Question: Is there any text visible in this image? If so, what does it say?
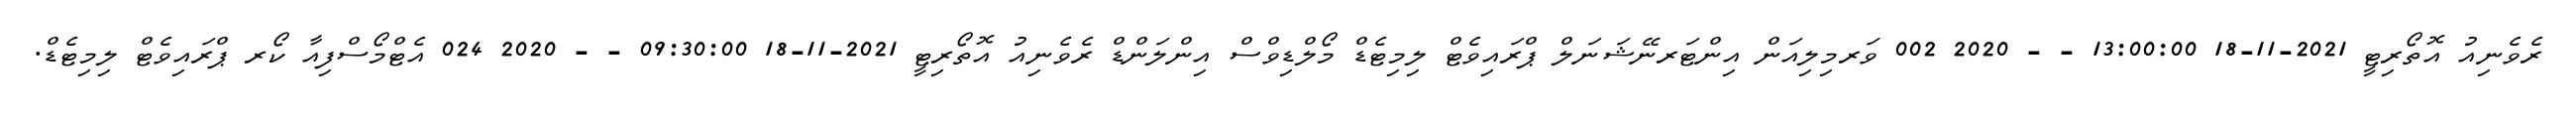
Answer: ރެވެނިއު އޮތޯރިޓީ 2021-11-18 13:00:00 - - 2020 002 ވަރމިލިއަން އިންޓަރނޭޝަނަލް ޕްރައިވެޓް ލިމިޓެޑް މޯލްޑިވްސް އިންލަންޑް ރެވެނިއު އޮތޯރިޓީ 2021-11-18 09:30:00 - - 2020 024 އެޓްމޯސްފިއާ ކޯރ ޕްރައިވެޓް ލިމިޓެޑް.